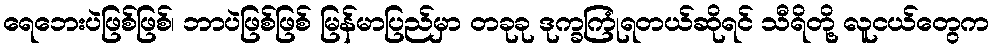
ရေဘေးပဲဖြစ်ဖြစ်၊ ဘာပဲဖြစ်ဖြစ် မြန်မာပြည်မှာ တခုခု ဒုက္ခကြုံရတယ်ဆိုရင် သီရိတို့ လူငယ်တွေက